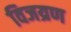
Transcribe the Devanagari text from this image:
विजय्रण